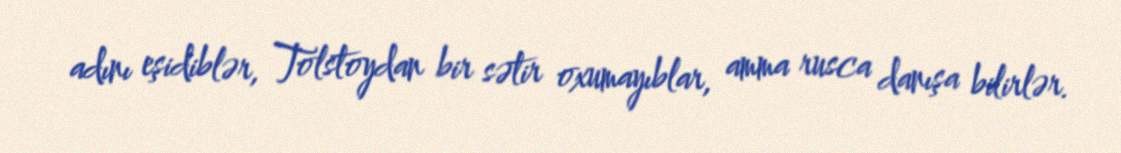
adını eşidiblər, Tolstoydan bir sətir oxumayıblar, amma rusca danışa bilirlər.